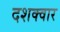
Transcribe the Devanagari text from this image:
दशक्वार